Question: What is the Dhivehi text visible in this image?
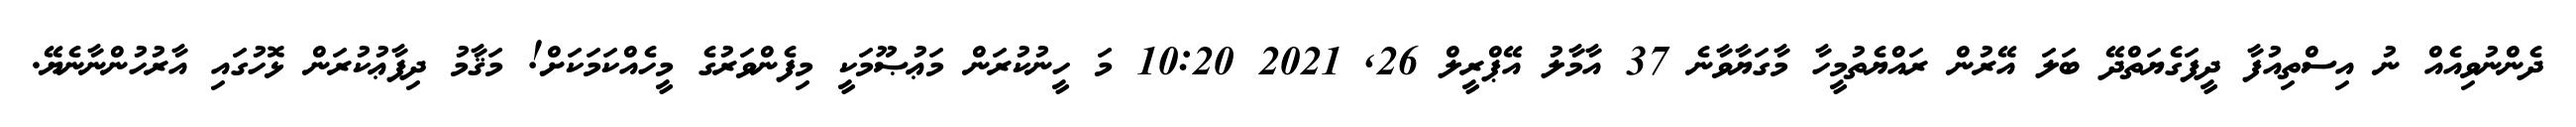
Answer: ދެންނުވިއެއް ނު އިސްތިއުފާ ދީފަގެޔަތްދޭ ބަލަ އޭރުން ރައްޔެތުމީހާ މާގަޔާވާނެ 37 އާމާލު އޭޕްރީލް 26, 2021 10:20 މަ ހީނުކުރަން މަޢުޞޫމަކީ މިފެންވަރުގެ މީހެއްކަމަކަށް! މަޤާމު ދިފާޢުކުރަން ޅޮހުގައި އާރުހުންނާނެޔޭ.